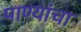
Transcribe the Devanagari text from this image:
पाण्यांचा